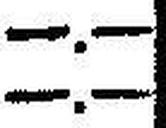
—.—